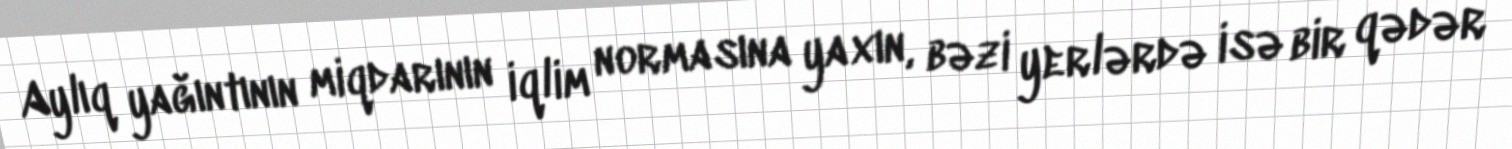
Aylıq yağıntının miqdarının iqlim normasına yaxın, bəzi yerlərdə isə bir qədər